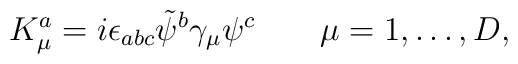
K^a_\mu = i\epsilon_{abc}\tilde\psi^b\gamma_\mu\psi^c \qquad \mu=1,\dots,D,